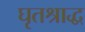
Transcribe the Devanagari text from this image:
घृतश्राद्ध